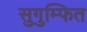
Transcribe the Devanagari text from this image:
सुगुम्फित